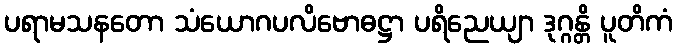
ပရာမသနတော သံယောဂပလိဗောဓဋ္ဌာ ပရိညေယျာ ဒုဂ္ဂန္တိ ပူတိကံ